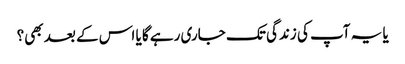
یا یہ آپ کی زندگی تک جاری رہے گا یا اس کے بعد بھی؟